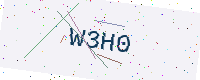
Text: W3H0